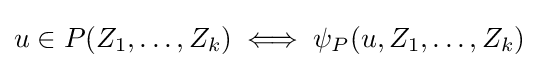
u\in P(Z_{1},\dots ,Z_{k})\iff \psi _{P}(u,Z_{1},\dots ,Z_{k})